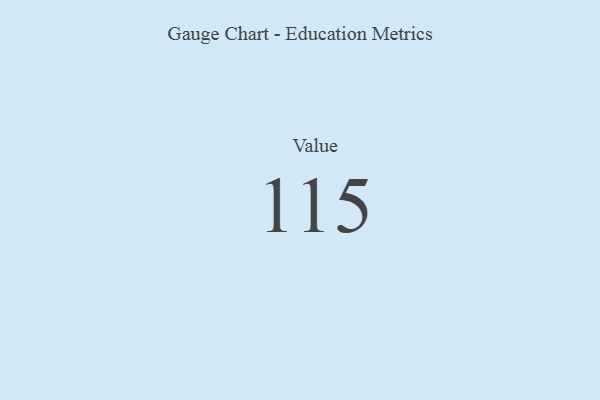
{"axis": {"x": "Metric", "y": "Value"}, "legend": [""], "data": [{"x": "Value", "y": 115, "type": ""}]}